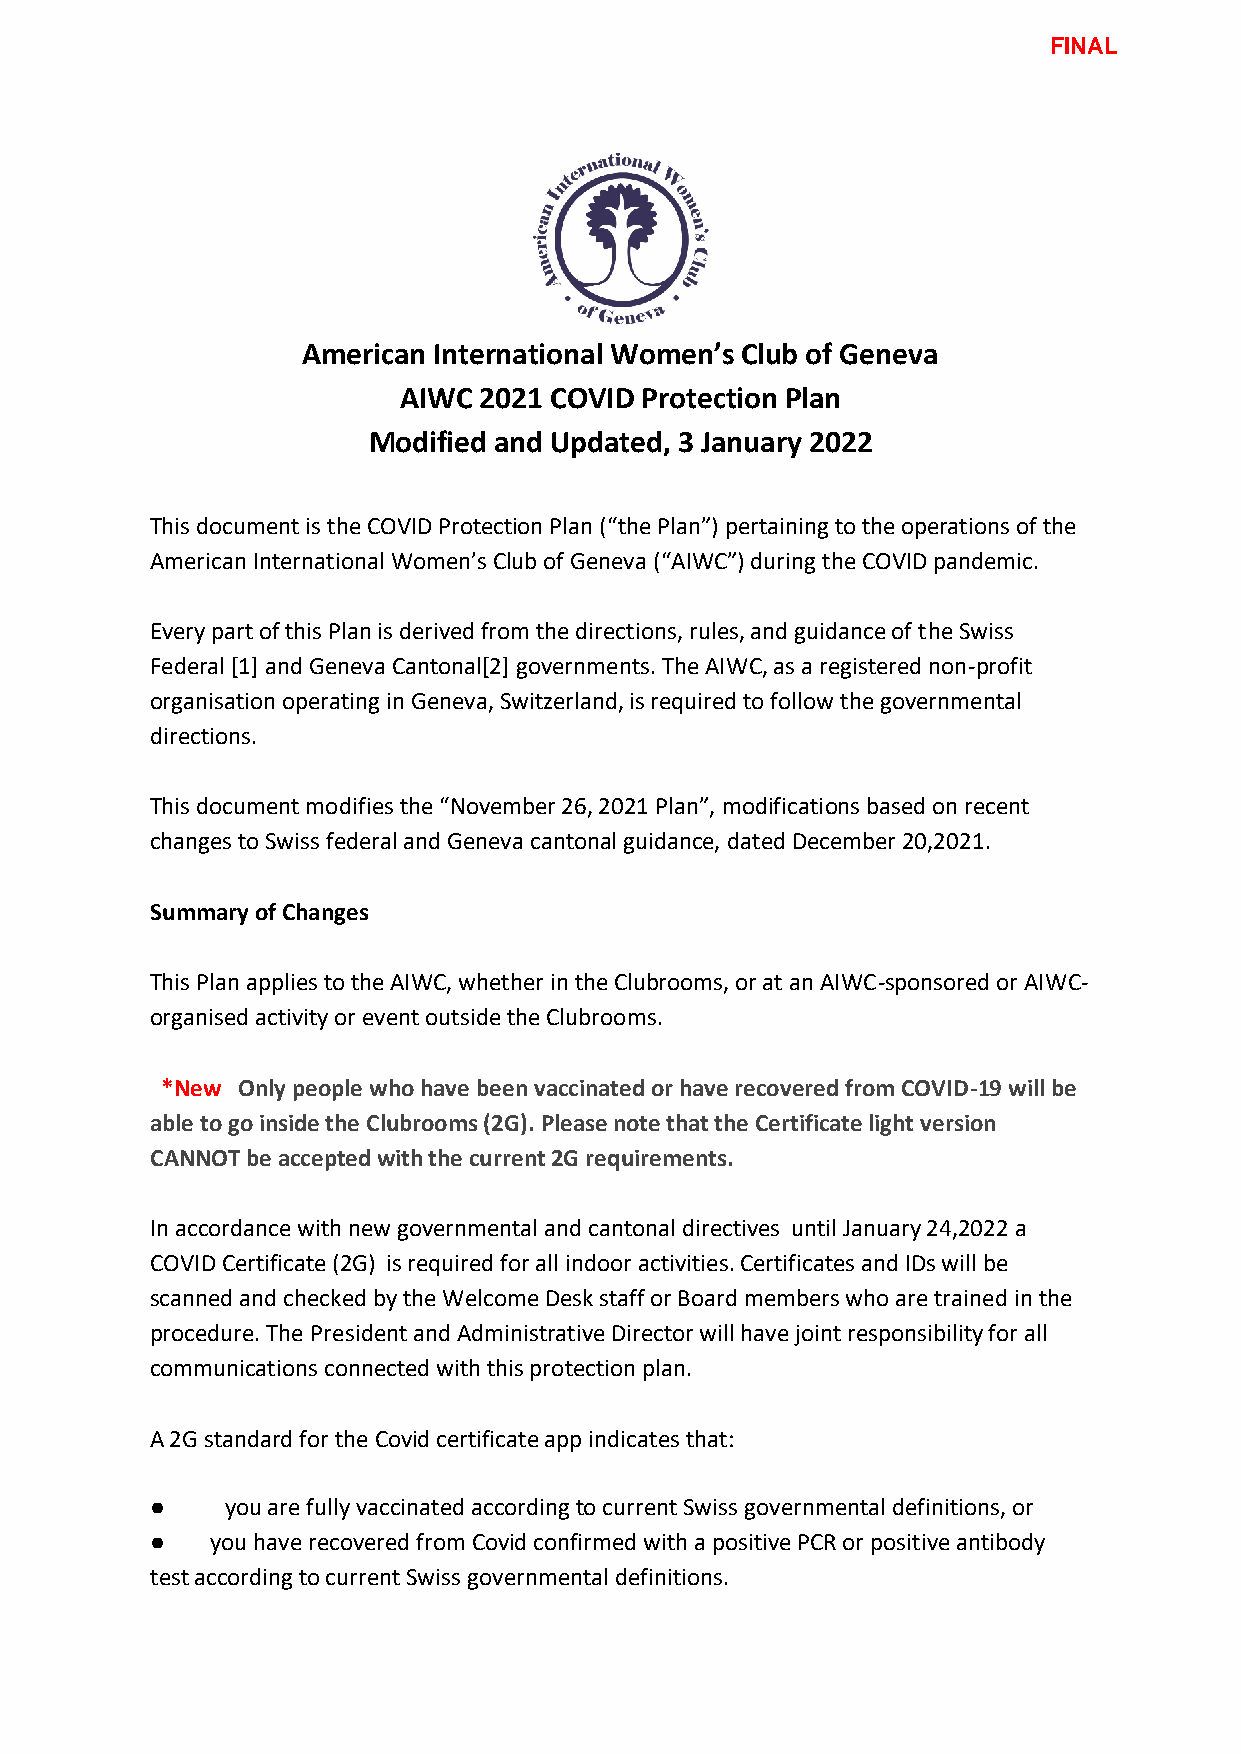
FINAL
 American International Women’s Club of Geneva
 AIWC  2021 COVID Protection Plan
 Modified and Updated, 3 January 2022
 This document is the COVID Protection Plan (“the Plan”) pertaining to the operations of the
 American International Women’s Club of Geneva (“AIWC”) during the COVID pandemic.
 Every part of this Plan is derived from the directions, rules, and guidance of the Swiss
 Federal [1] and Geneva Cantonal[2] governments. The AIWC, as a registered non-profit
 organisation operating in Geneva, Switzerland, is required to follow the governmental
 directions.
 This document modifies the “November 26, 2021 Plan”, modifications based on recent
 changes to Swiss federal and Geneva cantonal guidance, dated December 20,2021.
 Summary of Changes
 This Plan applies to the AIWC, whether in the Clubrooms, or at an AIWC-sponsored or AIWC-
 organised activity or event outside the Clubrooms.
 *New Only people who have been vaccinated or have recovered from COVID-19 will be
 able to go inside the Clubrooms (2G). Please note that the Certificate light version
 CANNOT be accepted with the current 2G requirements.
 In accordance with new governmental and cantonal directives until January 24,2022 a
 COVID Certificate (2G) is required for all indoor activities. Certificates and IDs will be
 scanned and checked by the Welcome Desk staff or Board members who are trained in the
 procedure. The President and Administrative Director will have joint responsibility for all
 communications connected with this protection plan.
 A 2G standard for the Covid certificate app indicates that:
 ●    you are fully vaccinated according to current Swiss governmental definitions, or
 ●   you have recovered from Covid confirmed with a positive PCR or positive antibody
 test according to current Swiss governmental definitions.